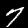
Label: 7